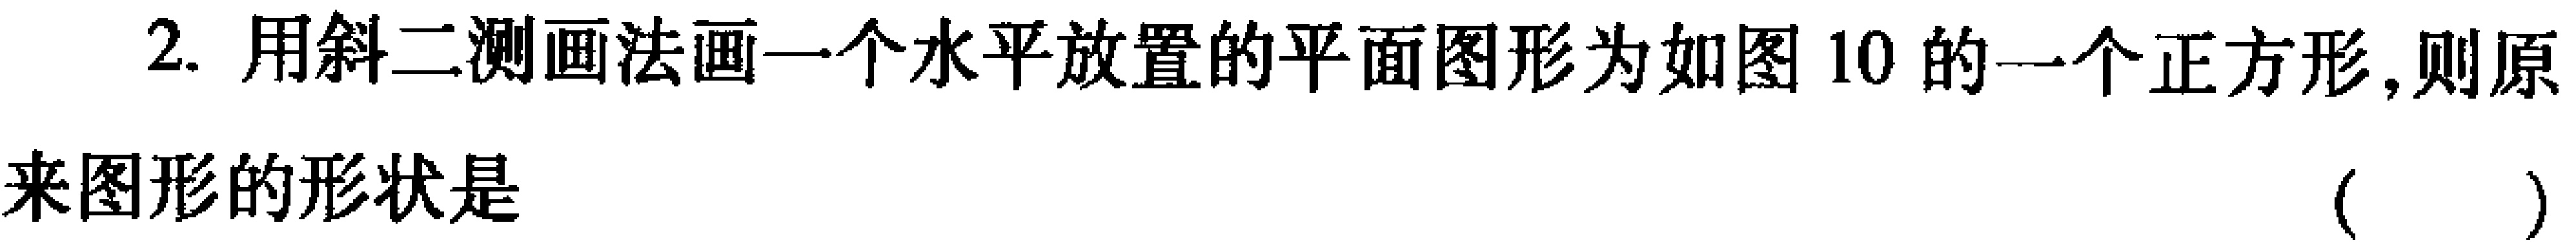
2. 用斜二测画法画一个水平放置的平面图形为如图 10 的一个正方形,则原来图形的形状是 （  ）